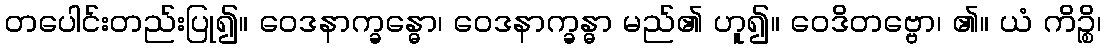
တပေါင်းတည်းပြု၍။ ဝေဒနာက္ခန္ဓော၊ ဝေဒနာက္ခန္ဓာ မည်၏ ဟူ၍။ ဝေဒိတဗ္ဗော၊ ၏။ ယံ ကိဉ္စိ၊